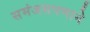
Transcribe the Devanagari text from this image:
समंजसपणाने